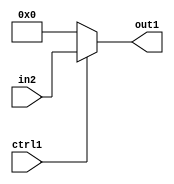
`timescale 1ps / 1ps
/*****************************************************************************
    Verilog RTL Description
    
    
    Created by: CellMath Designer 2019.1.01 
*******************************************************************************/

module float_div_Muxu23i0u1_0 (
	in2,
	ctrl1,
	out1
	); /* architecture "behavioural" */ 
input [22:0] in2;
input  ctrl1;
output [22:0] out1;
wire [22:0] asc001;

reg [22:0] asc001_tmp_0;
assign asc001 = asc001_tmp_0;
always @ (ctrl1 or in2) begin
	case (ctrl1)
		1'B1 : asc001_tmp_0 = in2 ;
		default : asc001_tmp_0 = 23'B00000000000000000000000 ;
	endcase
end

assign out1 = asc001;
endmodule

/* CADENCE  uLXyTQ4= : u9/ySgnWtBlWxVPRXgAZ4Og= ** DO NOT EDIT THIS LINE ******/